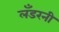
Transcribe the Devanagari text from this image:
लँडरनी